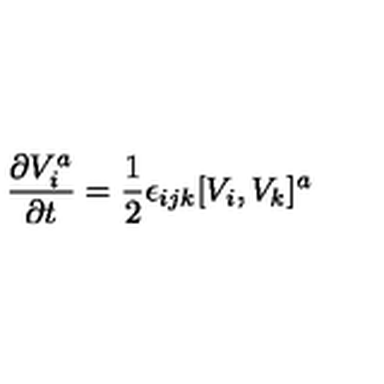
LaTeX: { \frac { \partial V _ { i } ^ { a } } { \partial t } } = { \frac { 1 } { 2 } } \epsilon _ { i j k } [ V _ { i } , V _ { k } ] ^ { a }